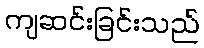
ကျဆင်းခြင်းသည်